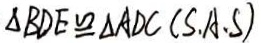
\Delta B D E \cong \Delta A D C ( S \cdot A \cdot S )